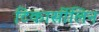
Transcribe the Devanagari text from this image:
टिकार्सीलिन